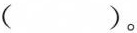
( )。